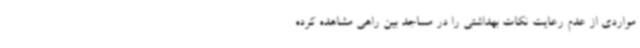
مواردی از عدم رعایت نکات بهداشتی را در مساجد بین راهی مشاهده کرده